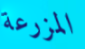
المزرعة